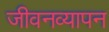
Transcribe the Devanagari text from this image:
जीवनव्यापन